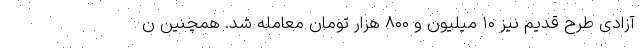
آزادی طرح قدیم نیز ۱۰ میلیون و ۸۰۰ هزار تومان معامله شد. همچنین ن